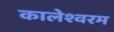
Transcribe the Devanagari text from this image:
कालेश्वरम